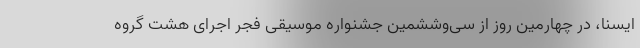
ایسنا، در چهارمین روز از سی‌وششمین جشنواره موسیقی فجر اجرای هشت گروه